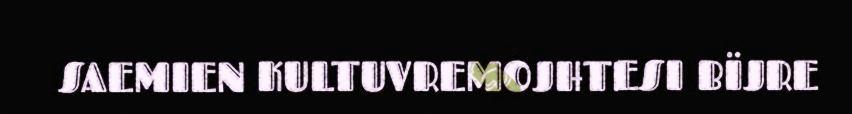
SAEMIEN KULTUVREMOJHTESI BÏJRE